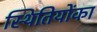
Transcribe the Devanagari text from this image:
स्थितियोंका